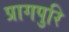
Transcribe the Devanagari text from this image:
प्रागपुरि